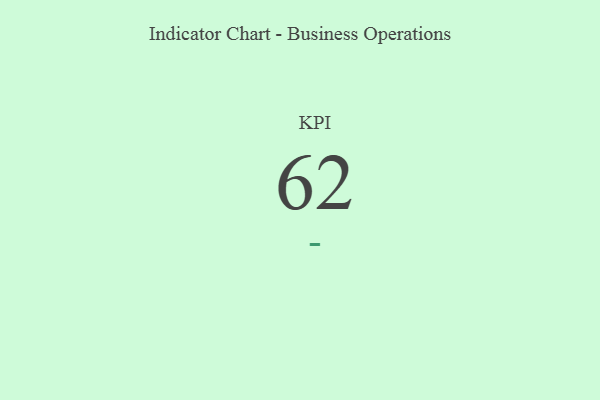
{"axis": {"x": "KPI", "y": "Value"}, "legend": [""], "data": [{"x": "KPI", "y": 62, "type": ""}]}